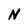
Character: N